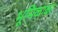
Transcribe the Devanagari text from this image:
भूमिकाका